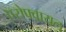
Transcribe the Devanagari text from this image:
एरोफ्वायल